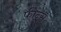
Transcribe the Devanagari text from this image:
फ़ीन्स